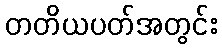
တတိယပတ်အတွင်း